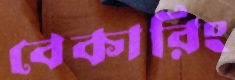
বেকারিং